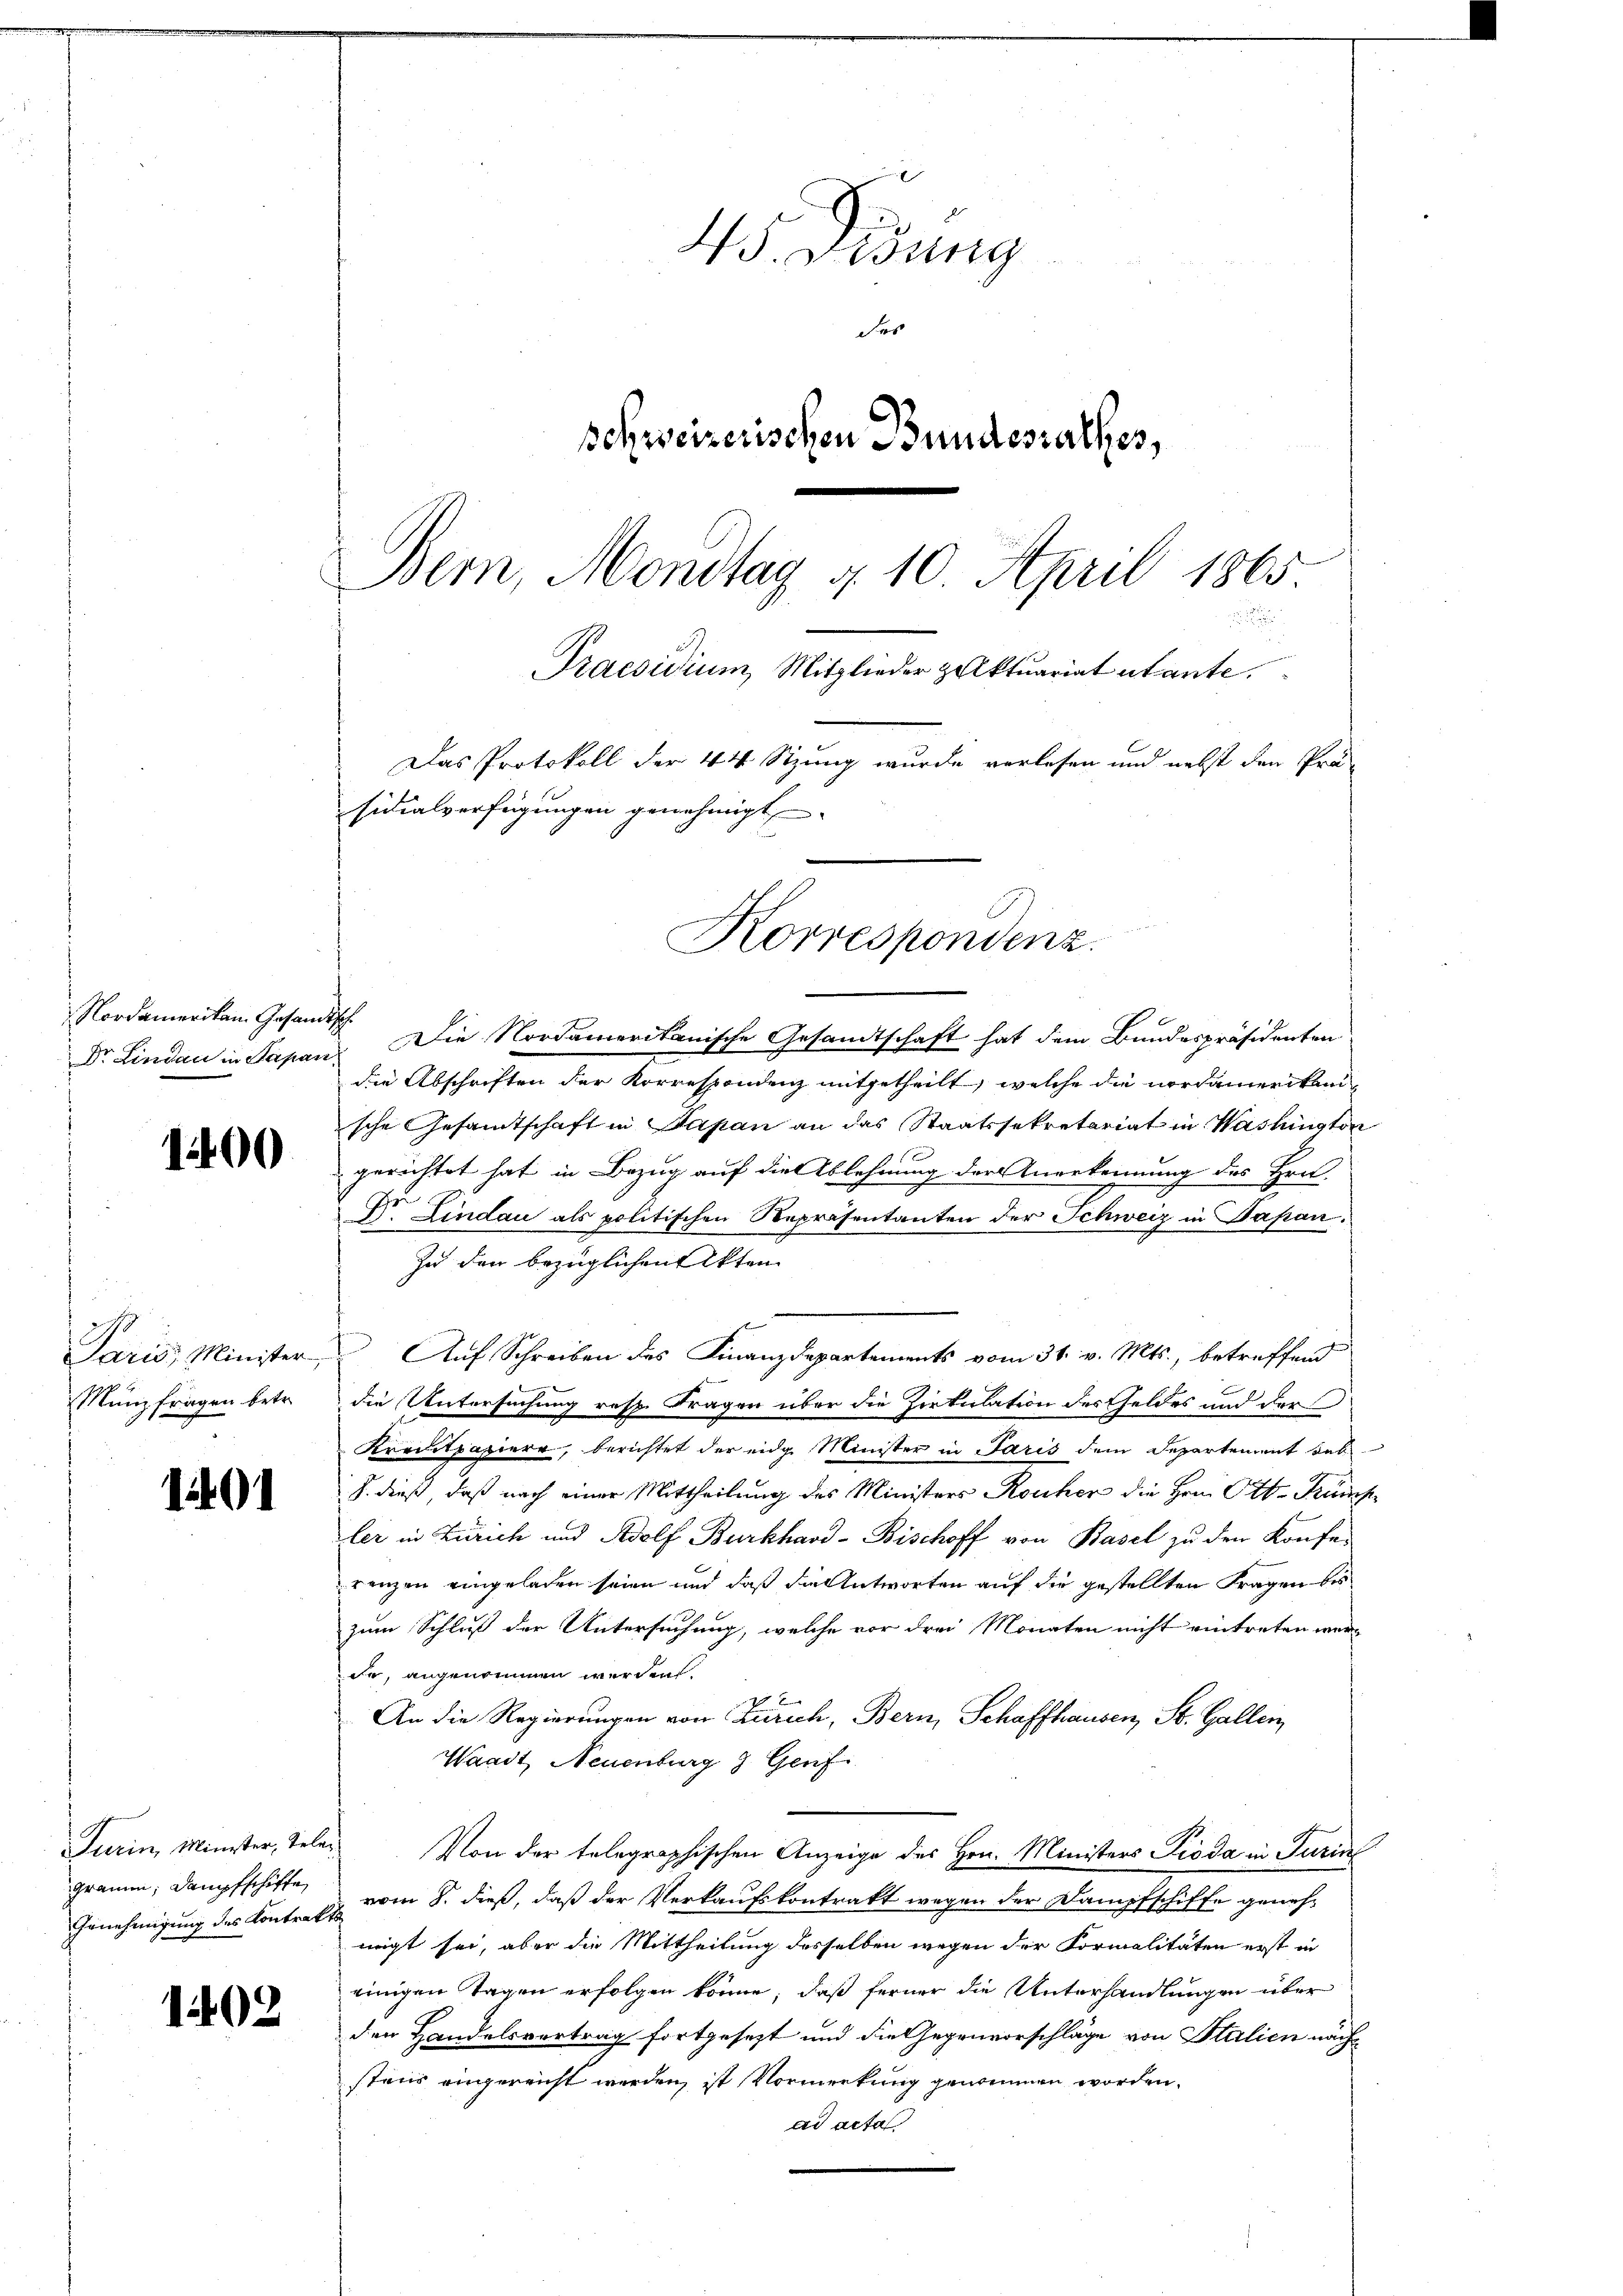
1400

Paris, Minister,
Münzfragen betr.

1401

1402

43. Disung
des
schweizerischen Bundesrathes,
Bern, Mondtag d. 10. April 1865
Praesidium, Mitglieder zalktuariat utante.
Das Protokoll der 44 Sitzung wurde verlesen und nebst den Prä
sidialverfügungen genehmigt

Nordamerikan. Gesandtsch
Dr. Lindau in Papan

grammen; Dampfschiffe

Die Nordameritanische Gesandtschaft hat dem Bundespräsidenten
die Abschriften der Korrespondenz mitgetheilt, welche die nordamerikan
sche Gesamtschaft in Japan an das Staatssekretariat in Washington
gerichtet hat in Bezug auf die Ablehnung der Anerkennung des Hrn.
Dr. Lindau als politischen Repräsentanten der Schweiz in Sapan¬
Zu den bezüglichen Akten
Auf Schreiben des Finanzdepartements vom 31. v. Mts., betreffend
die Untersuchung resp. Fragen über die Zirkulation des Geldes und der
Kreditpapiere, berichtet der eidg. Minister in Paris dem Departement des
S. dieß, daß nach einer Mittheilung des Ministers Roucher die Hrn. Ott. Küns
ler in Zürich und Adolf Burkhard-Bischoff von Basel zu den Konfe-
renzen eingeladen seien und daß die Antworten auf die gestellten Fragen bes
zum Schluß der Untersuchung, welche vor drei Monaten nicht eintreten werde, angenommen werden.
An die Regierungen von Zürich, Bern, Schaffhausen, St. Gallen
Waadt, Neuenburg 3 Genf
Turin, Minister, teler. Von der telegraphischen Anzeige des Hrn. Ministers Pioda in Turin
Genehmigung des Kontr. Er vom 8. dieß, daß der Verkaufskontrakt wegen der Dampfschiffe geneh-
migt sei, aber die Mittheilung desselben wegen der Formalitäten erst in
einigen Tagen erfolgen könne, daß ferner die Unterhandlungen über
den Handelsvertrag fortgesetzt und die Gegenvorschläge von Stalien nächstens eingereicht werden, ist Vormerkung genommen worden.
ad acta

Korrespondenz.